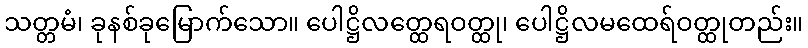
သတ္တမံ၊ ခုနစ်ခုမြောက်သော။ ပေါဋ္ဌိလတ္ထေရဝတ္ထု၊ ပေါဋ္ဌိလမထေရ်ဝတ္ထုတည်း။